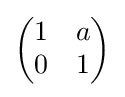
{\begin{pmatrix}1&a\\0&1\end{pmatrix}}